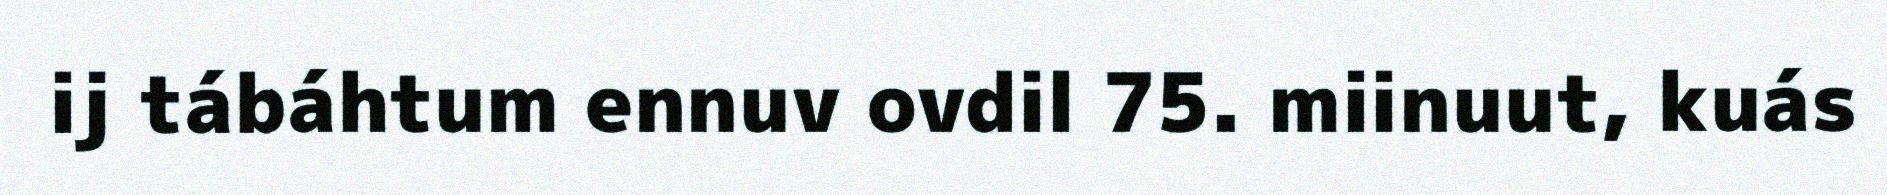
ij tábáhtum ennuv ovdil 75. miinuut, kuás